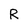
Character: R